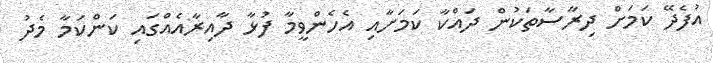
އުފެދޭ ކަމަށް ދިރާސާތަކުން ދައްކާ ކަމަށާއި އެހެންވީމާ ފުޅާ ދާއިރާއެއްގައި ކަންކަމާ މެދު